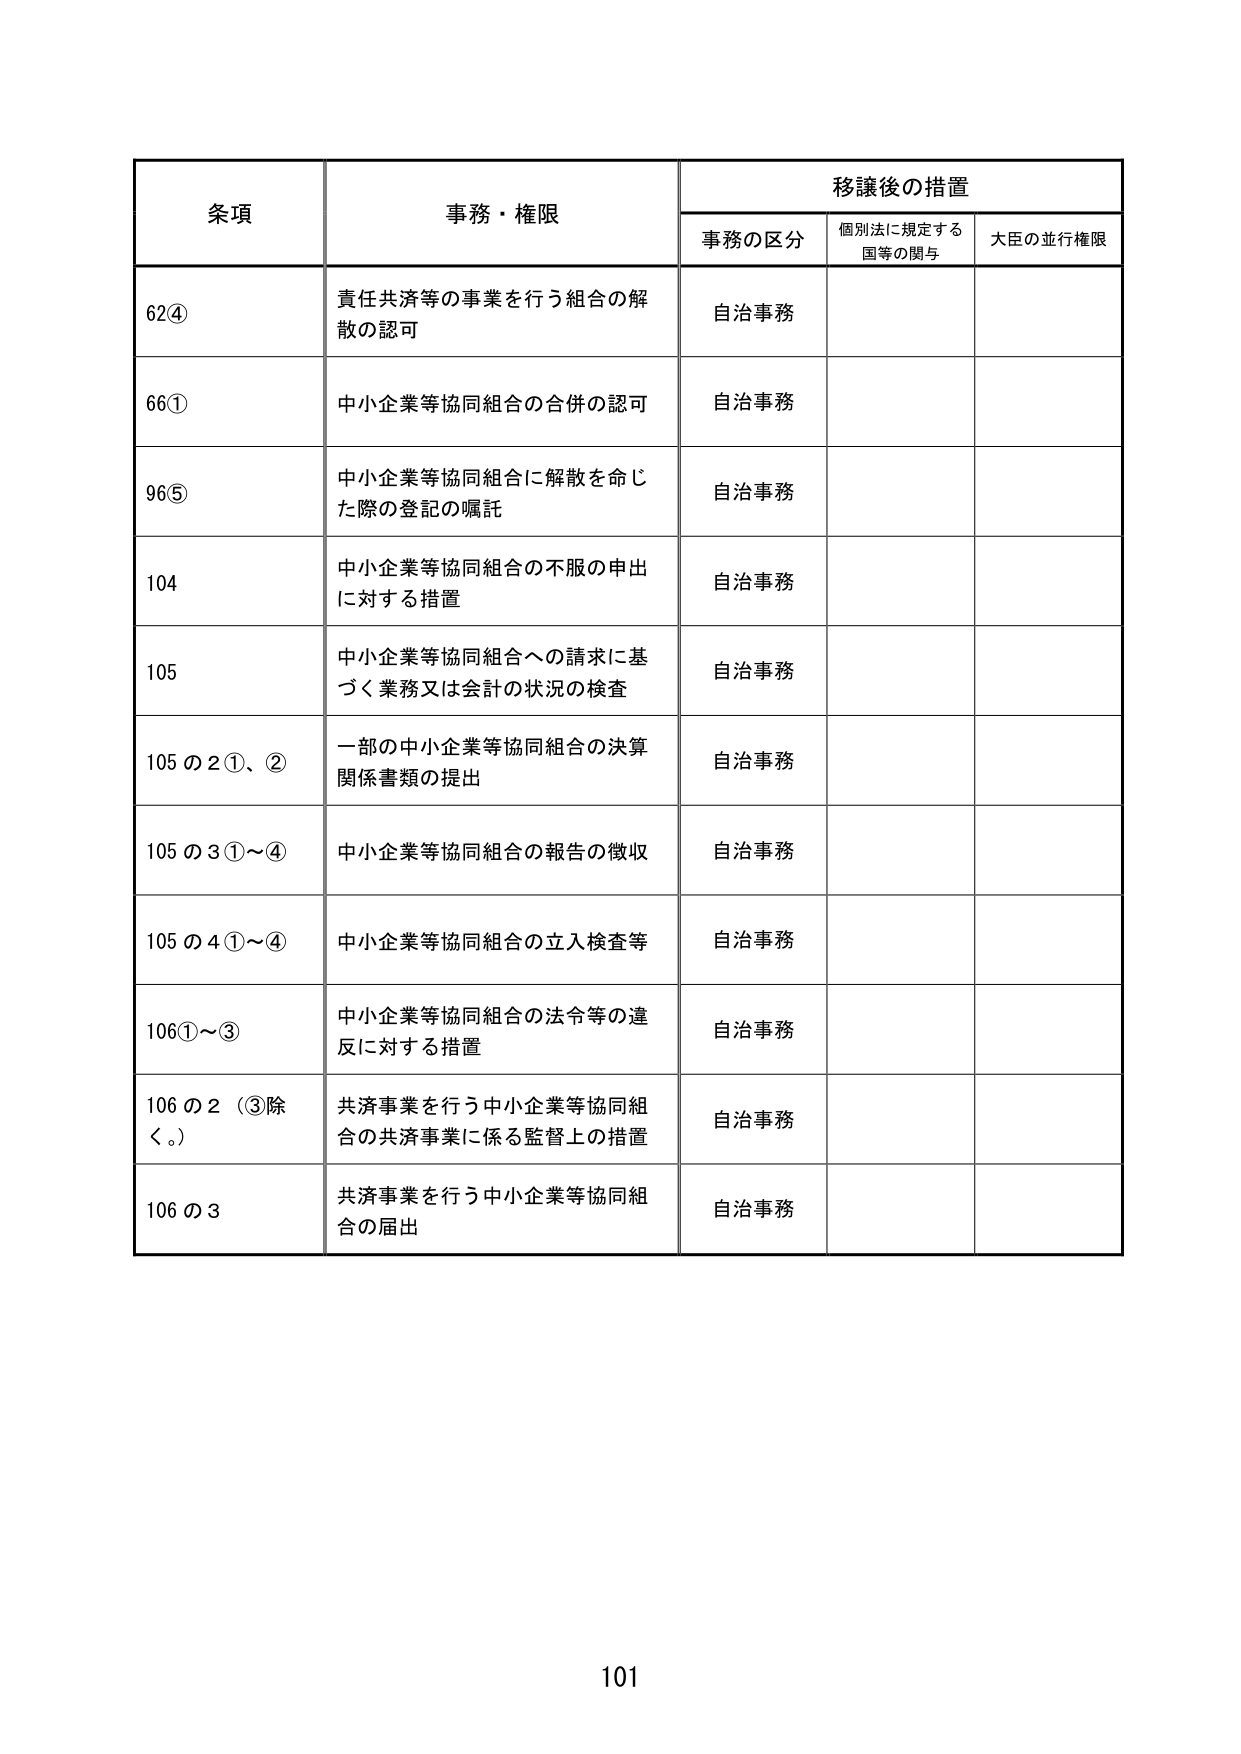
条項 事務・権限 移譲後の措置
事務の区分 個別法に規定する国等の関与 大臣の並行権限
62④ 責任共済等の事業を行う組合の解散の認可 自治事務
66① 中小企業等協同組合の合併の認可 自治事務
96⑤ 中小企業等協同組合に解散を命じた際の登記の嘱託 自治事務
104 中小企業等協同組合の不服の申出に対する措置 自治事務
105 中小企業等協同組合への請求に基づく業務又は会計の状況の検査 自治事務
105の2①、② 一部の中小企業等協同組合の決算関係書類の提出 自治事務
105の3①～④ 中小企業等協同組合の報告の徴収 自治事務
105の4①～④ 中小企業等協同組合の立入検査等 自治事務
106①～③ 中小企業等協同組合の法令等の違反に対する措置 自治事務
106の2（③除く。） 共済事業を行う中小企業等協同組合の共済事業に係る監督上の措置 自治事務
106の3 共済事業を行う中小企業等協同組合の届出 自治事務
101